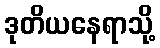
ဒုတိယနေရာသို့